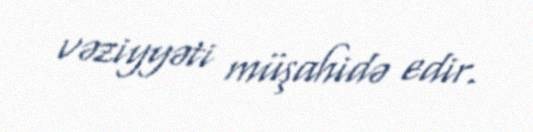
vəziyyəti müşahidə edir.